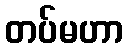
တပ်မဟာ